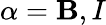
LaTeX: \alpha=\mathbf{B},I